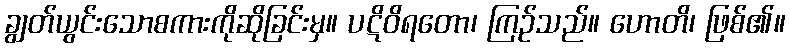
ချွတ်ယွင်းသောစကားကိုဆိုခြင်းမှ။ ပဋိဝိရတော၊ ကြဉ်သည်။ ဟောတိ၊ ဖြစ်၏။